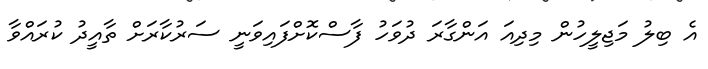
އެ ބިލު މަޖިލީހުން މިދިއަ އަންގާރަ ދުވަހު ފާސްކޮށްފައިވަނީ ސަރުކާރަށް ތާއީދު ކުރައްވާ